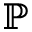
\mathbb { P }